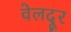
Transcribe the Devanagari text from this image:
वेलदूर